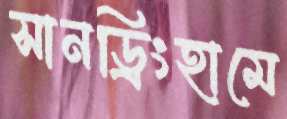
সানড্রিংহামে